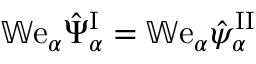
\mathbb { W } \mathrm { e } _ { \alpha } \hat { \Psi } _ { \alpha } ^ { \mathrm { I } } = \mathbb { W } \mathrm { e } _ { \alpha } \hat { \psi } _ { \alpha } ^ { \mathrm { I I } }